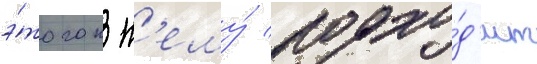
э́того к н'ему́ подхо́д'ит